Annual report on the working of the mental hospitals in the Madras Presidency - 1912-1932
Year: 1912
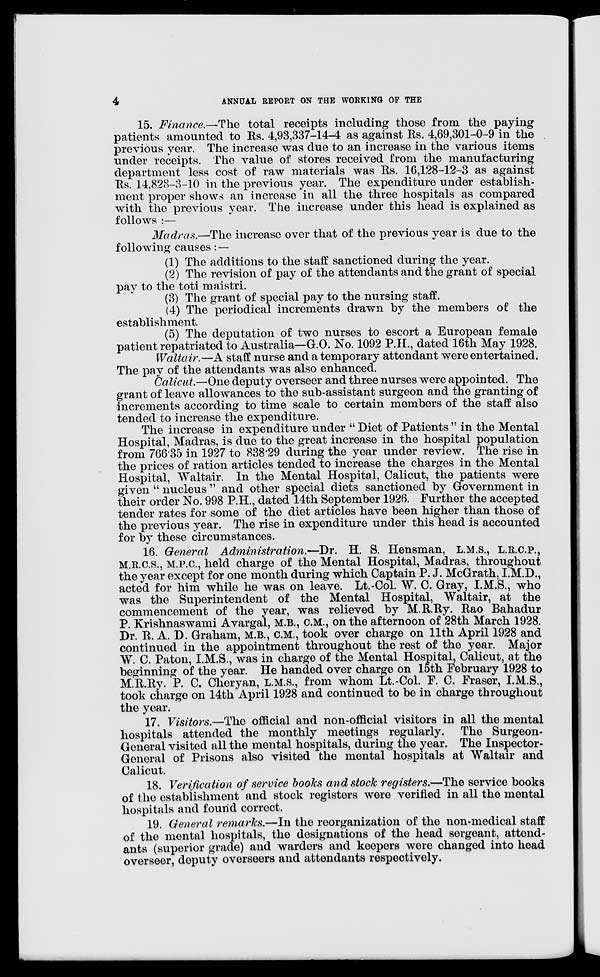
4
ANNUAL REPORT ON THE WORKING OF THE
15. Finance.—The total receipts including those from the paying
patients amounted to Rs. 4,93,337-14-4 as against Rs. 4,69,301-0-9 in the
previous year. The increase was due to an increase in the various items
under receipts. The value of stores received from the manufacturing
department less cost of raw materials was Rs. 16,128-12-3 as against
Rs. 14,828-3-10 in the previous year. The expenditure under establish-
ment proper shows an increase in all the three hospitals as compared
with the previous year. The increase under this head is explained as
follows :—
Madras.—The increase over that of the previous year is due to the
following causes : —
(1) The additions to the staff sanctioned during the year.
(2) The revision of pay of the attendants and the grant of special
pay to the toti maistri.
(3) The grant of special pay to the nursing staff.
(4) The periodical increments drawn by the members of the
establishment.
(5) The deputation of two nurses to escort a European female
patient repatriated to Australia—G.O. No. 1092 P.H., dated 16th May 1928.
Waltair.—A staff nurse and a temporary attendant were entertained.
The pay of the attendants was also enhanced.
Calicut.—One deputy overseer and three nurses were appointed. The
grant of leave allowances to the sub-assistant surgeon and the granting of
increments according to time scale to certain members of the staff also
tended to increase the expenditure.
The increase in expenditure under " Diet of Patients " in the Mental
Hospital, Madras, is due to the great increase in the hospital population
from 766.35 in 1927 to 838.29 during the year under review. The rise in
the prices of ration articles tended to increase the charges in the Mental
Hospital, Waltair. In the Mental Hospital, Calicut, the patients were
given " nucleus " and other special diets sanctioned by Government in
their order No. 998 P.H., dated 14th September 1926. Further the accepted
tender rates for some of the diet articles have been higher than those of
the previous year. The rise in expenditure under this head is accounted
for by these circumstances.
16. General Administration.—Dr. H. S. Hensman, L.M.S., L.R.C.P.,
M.R.C.S., M.P.C., held charge of the Mental Hospital, Madras, throughout
the year except for one month during which Captain P. J. McGrath, I.M.D.,
acted for him while he was on leave. Lt.-Col. W. C. Gray, I.M.S., who
was the Superintendent of the Mental Hospital, Waltair, at the
commencement of the year, was relieved by M.R.Ry. Rao Bahadur
P. Krishnaswami Avargal, M.B., C.M., on the afternoon of 28th March 1928.
Dr. R. A. D. Graham, M.B., C.M., took over charge on 11th April 1928 and
continued in the appointment throughout the rest of the year. Major
W. C. Paton, I.M.S., was in charge of the Mental Hospital, Calicut, at the
beginning of the year. He handed over charge on 15th February 1928 to
M.R.Ry. P. C. Cheryan, L.M.S., from whom Lt.-Col. F. C. Fraser, I.M.S.,
took charge on 14th April 1928 and continued to be in charge throughout
the year.
17. Visitors.—The official and non-official visitors in all the mental
hospitals attended the monthly meetings regularly. The Surgeon-
General visited all the mental hospitals, during the year. The Inspector-
General of Prisons also visited the mental hospitals at Waltair and
Calicut.
18. Verification of service books and stock registers.—The service books
of the establishment and stock registers were verified in all the mental
hospitals and found correct.
19. General remarks.—In the reorganization of the non-medical staff
of the mental hospitals, the designations of the head sergeant, attend-
ants (superior grade) and warders and keepers were changed into head
overseer, deputy overseers and attendants respectively.